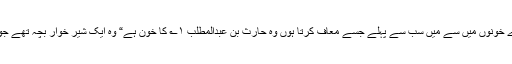
زمانہ جاہلیت کے خون کالعدم کر دئیے گئے ہیں، اور زمانہ جاہلیت کے سارے خونوں میں سے میں سب سے پہلے جسے معاف کرتا ہوں وہ حارث بن عبدالمطلب ۱؎ کا خون ہے“ وہ ایک شیر خوار بچہ تھے جو بنی لیث میں پرورش پا رہے تھے کہ ان کو ہذیل کے لوگوں نے مار ڈالا تھا۔